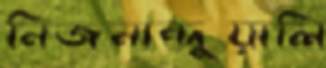
নিজনান্দুয়ালি